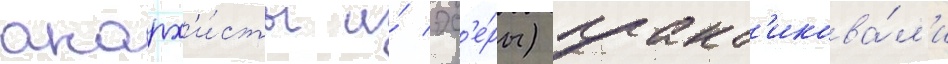
анарх'и́сты и́ эс'е́ры) практ'икова́л'и